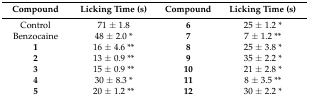
<table><thead><tr><td><b>Compound</b></td><td><b>Licking Time (s)</b></td><td><b>Compound</b></td><td><b>Licking Time (s)</b></td></tr></thead><tbody><tr><td>Control</td><td>71 ± 1.8</td><td><b>6</b></td><td>25 ± 1.2 *</td></tr><tr><td>Benzocaine</td><td>48 ± 2.0 *</td><td><b>7</b></td><td>7 ± 1.2 **</td></tr><tr><td><b>1</b></td><td>16 ± 4.6 **</td><td><b>8</b></td><td>25 ± 3.8 *</td></tr><tr><td><b>2</b></td><td>13 ± 0.9 **</td><td><b>9</b></td><td>35 ± 2.2 *</td></tr><tr><td><b>3</b></td><td>15 ± 0.9 **</td><td><b>10</b></td><td>21 ± 2.8 *</td></tr><tr><td><b>4</b></td><td>30 ± 8.3 *</td><td><b>11</b></td><td>8 ± 3.5 **</td></tr><tr><td><b>5</b></td><td>20 ± 1.2 **</td><td><b>12</b></td><td>30 ± 2.2 *</td></tr></tbody></table>